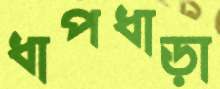
ধাপধাড়া